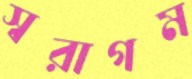
স্বরাগম